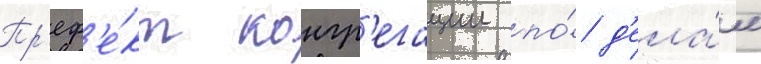
Пр'еф'е́кт конгр'егации по́ д'ела́м